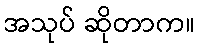
အသုပ် ဆိုတာက။